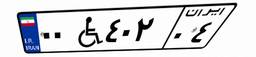
۱۳W۵۵۷۳۵